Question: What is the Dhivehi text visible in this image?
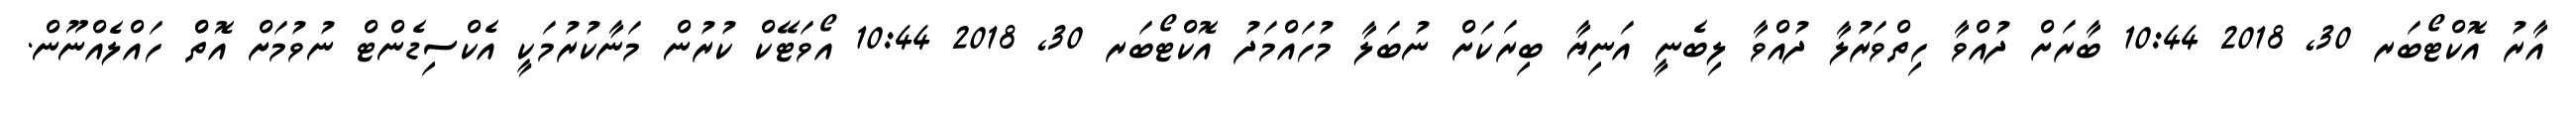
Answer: އާރު އޮކްޓޯބަރ 30, 2018 10:44 ބާރަށް ދުއްވާ ހިތްވަރުލާ ދުއްވާ ލިބެނީ އަނިޔާ ބިރަކަށް ނުބަލާ މުހައްމަދު އޮކްޓޯބަރ 30, 2018 10:44 އޯވަޓޭކް ކުރުން މަނާކުރުމަކީ އެކްސިޑެންޓް ނުވުމަށް އޮތްް ހައްލެއްނޫން.